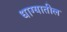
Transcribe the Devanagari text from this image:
धाग्यातील